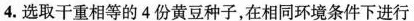
4.选取干重相等的4份黄豆种子，在相同环境条件下进行